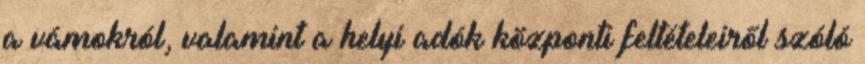
a vámokról, valamint a helyi adók központi feltételeiről szóló